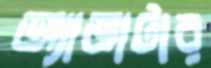
অ্যাভাটার